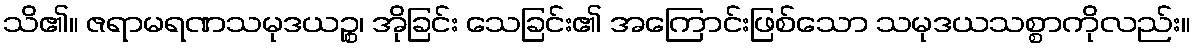
သိ၏။ ဇရာမရဏသမုဒယဉ္စ၊ အိုခြင်း သေခြင်း၏ အကြောင်းဖြစ်သော သမုဒယသစ္စာကိုလည်း။